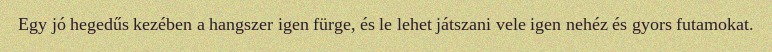
Egy jó hegedűs kezében a hangszer igen fürge, és le lehet játszani vele igen nehéz és gyors futamokat.